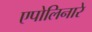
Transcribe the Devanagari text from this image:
एपोलिनारे